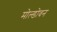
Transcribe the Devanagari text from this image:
मोल्डोवन